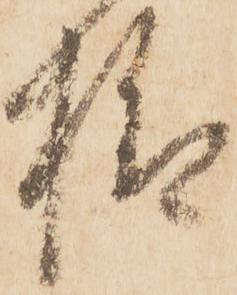
様